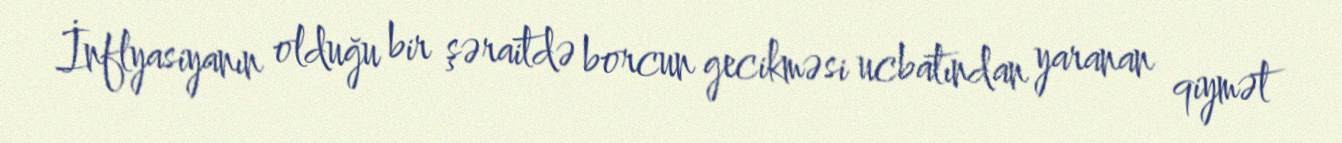
İnflyasiyanın olduğu bir şəraitdə borcun gecikməsi ucbatından yaranan qiymət